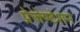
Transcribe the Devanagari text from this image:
प्रेजेण्टेशन